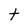
Character: t